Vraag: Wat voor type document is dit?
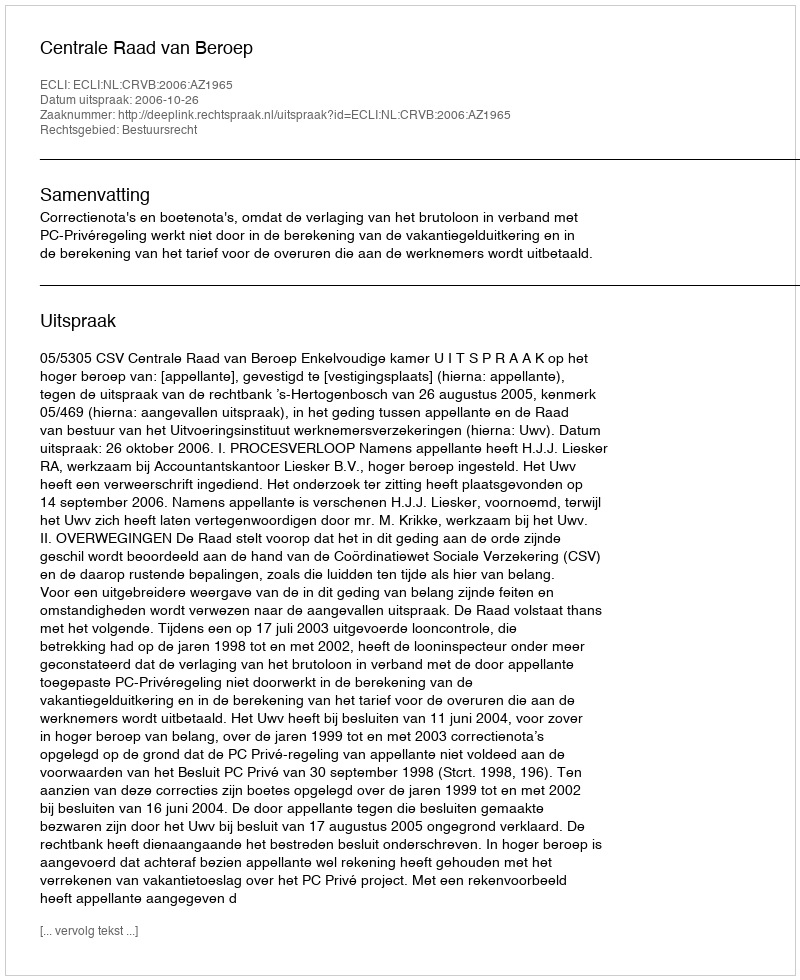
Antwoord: Uitspraak